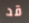
قد